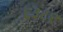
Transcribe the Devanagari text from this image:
६३८१